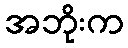
အဘိုးက